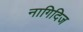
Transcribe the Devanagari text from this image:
नागिदिज